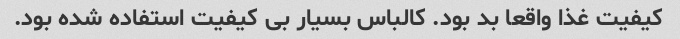
کیفیت غذا واقعا بد بود. کالباس بسیار بی کیفیت استفاده شده بود.